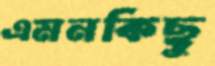
এমনকিছু